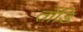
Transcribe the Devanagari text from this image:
तोंडि